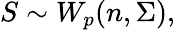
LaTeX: S\sim W_{p}(n,\Sigma),